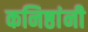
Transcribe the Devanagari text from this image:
कनिष्ठांनी